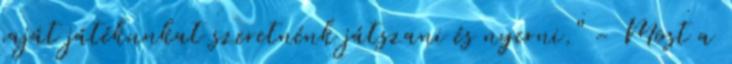
saját játékunkat szeretnénk játszani és nyerni." - Most a